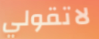
لاتقولي